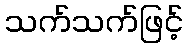
သက်သက်ဖြင့်